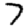
Digit: 7